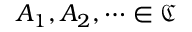
A _ { 1 } , A _ { 2 } , \cdots \in \mathfrak { C }